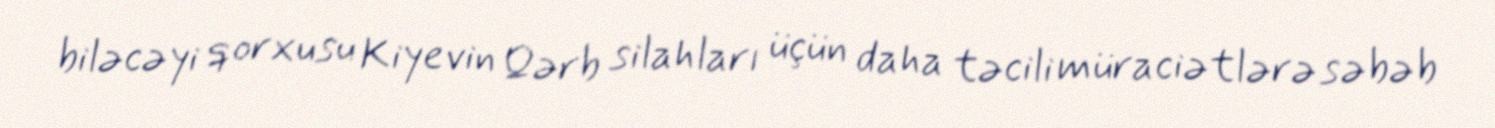
biləcəyi qorxusu Kiyevin Qərb silahları üçün daha təcili müraciətlərə səbəb